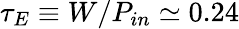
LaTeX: \tau_{E}\equiv W/P_{in}\simeq 0.24